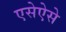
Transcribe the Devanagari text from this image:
एसेऐसे